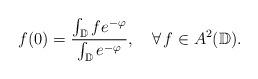
LaTeX: \begin{align*}f(0)=\frac{\int_{\mathbb{D}}{f}e^{-\varphi}}{\int_{\mathbb{D}}{e^{-\varphi}}},\ \ \ \forall\,f\in{A^2(\mathbb D)}.\end{align*}